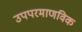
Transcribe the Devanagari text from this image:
उपपरमाणविक